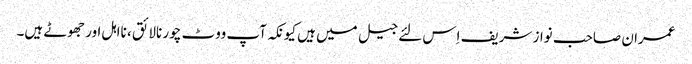
عمران صاحب نواز شریف اِس لئے جیل میں ہیں کیونکہ آپ ووٹ چور نالائق ، نااہل اور جھوٹے ہیں۔